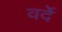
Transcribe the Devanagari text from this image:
वर्देे